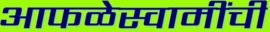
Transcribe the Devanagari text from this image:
आफळेस्वामींची